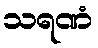
သရဏံ